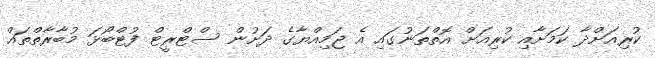
ކުރިއަށްދާ ކަމަށާއި ކުރިއަށް އޮތްތަނުގައި އެ ޖަމިއްޔާގެ ދަށުން ސްޓްރީޓް ފުޓްބޯޅަ މުބާރާތްތައް